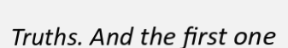
Truths. And the first one